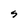
Character: S